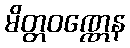
မိတ္တဝဏ္ဏေန